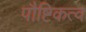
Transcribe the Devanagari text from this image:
पौष्टिकत्व